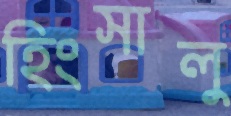
হিংসালু